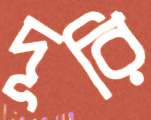
দূরি